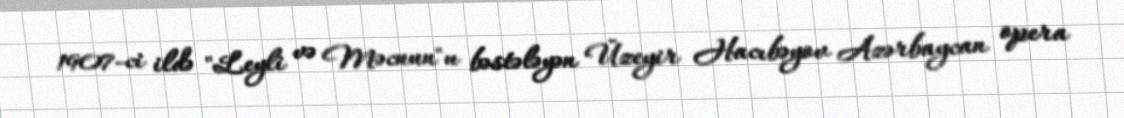
1907-ci ildə "Leyli və Məcnun"u bəstələyən Üzeyir Hacıbəyov Azərbaycan opera